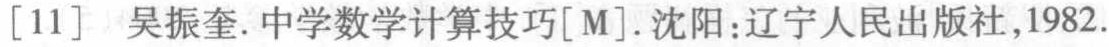
[11] 吴振奎. 中学数学计算技巧[M]. 沈阳:辽宁人民出版社,1982.